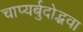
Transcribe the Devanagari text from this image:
चाप्यर्बुदोद्भवा